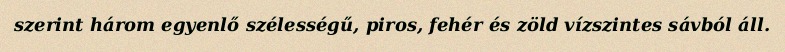
szerint három egyenlő szélességű, piros, fehér és zöld vízszintes sávból áll.